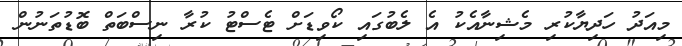
މިއަދު ހަދިޔާކުރި މެޝިނާއެކު އެ ލެބުގައި ކޯވިޑަށް ޓެސްޓު ކުރާ ނިސްބަތް ބޮޑުތަނުން